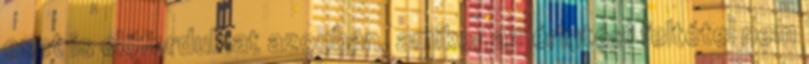
eset is előfordulhat azonban, amikor az érintési feltétel nem